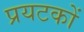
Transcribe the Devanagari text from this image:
प्रयटकों